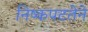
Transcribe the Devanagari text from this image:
निष्कपटतेने